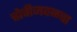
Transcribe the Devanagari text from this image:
चोचीजवळचा